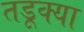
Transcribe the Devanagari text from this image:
तडूक्या